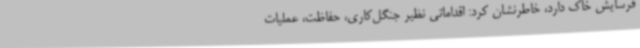
فرسایش خاک دارد، خاطرنشان کرد: اقداماتی نظیر جنگل‌کاری، حفاظت، عملیات